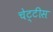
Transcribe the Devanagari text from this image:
चेट्टीस